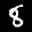
Label: 8